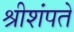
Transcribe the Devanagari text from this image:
श्रीशंपते